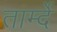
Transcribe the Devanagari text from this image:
तार्म्दे